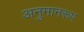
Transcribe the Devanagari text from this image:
अनुमानरूप